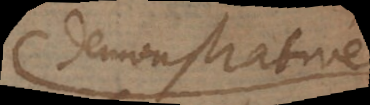
demonstratione